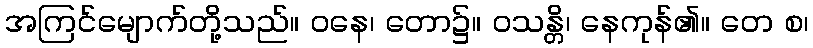
အကြင်မျောက်တို့သည်။ ဝနေ၊ တော၌။ ဝသန္တိ၊ နေကုန်၏။ တေ စ၊